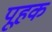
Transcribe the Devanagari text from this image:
पूहक